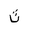
Letter: _tha